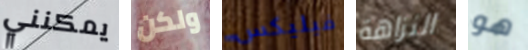
يمكنني ولكن فيليكس النزاهة هو